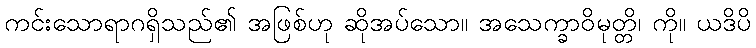
ကင်းသောရာဂရှိသည်၏ အဖြစ်ဟု ဆိုအပ်သော။ အသေက္ခာဝိမုတ္တိ၊ ကို။ ယဒိပိ